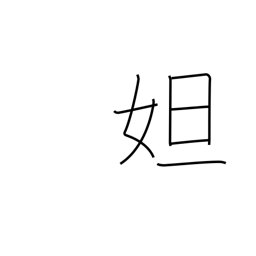
Meaning: female proper name